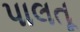
પાલતૂ